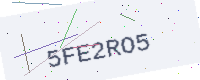
Text: 5FE2RO5